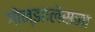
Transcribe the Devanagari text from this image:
गोन्झालेसना